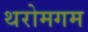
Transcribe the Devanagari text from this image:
थरोमगम